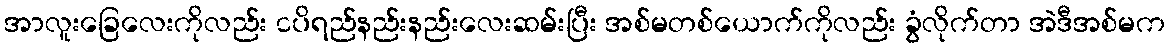
အာလူးခြေလေးကိုလည်း ငပိရည်နည်းနည်းလေးဆမ်းပြီး အစ်မတစ်ယောက်ကိုလည်း ခွံလိုက်တာ အဲဒီအစ်မက